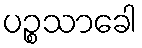
ပဉ္စသာခေါ